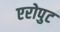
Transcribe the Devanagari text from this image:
एरोपुट